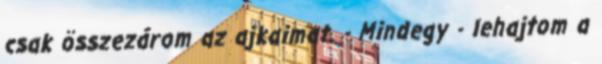
csak összezárom az ajkaimat. - Mindegy - lehajtom a